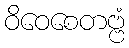
ဝိဝေစေတဗ္ဗံ